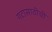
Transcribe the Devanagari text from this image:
गटासाठीची